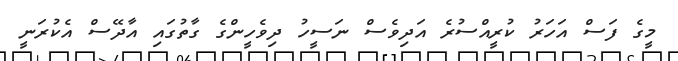
މީގެ ފަސް އަހަރު ކުރީއްސުރެ އަދިވެސް ނަސީހު ދިވެހީންގެ ގާތުގައިި އާދޭސް އެކުރަނީ